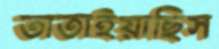
তাতাইয়াছিস